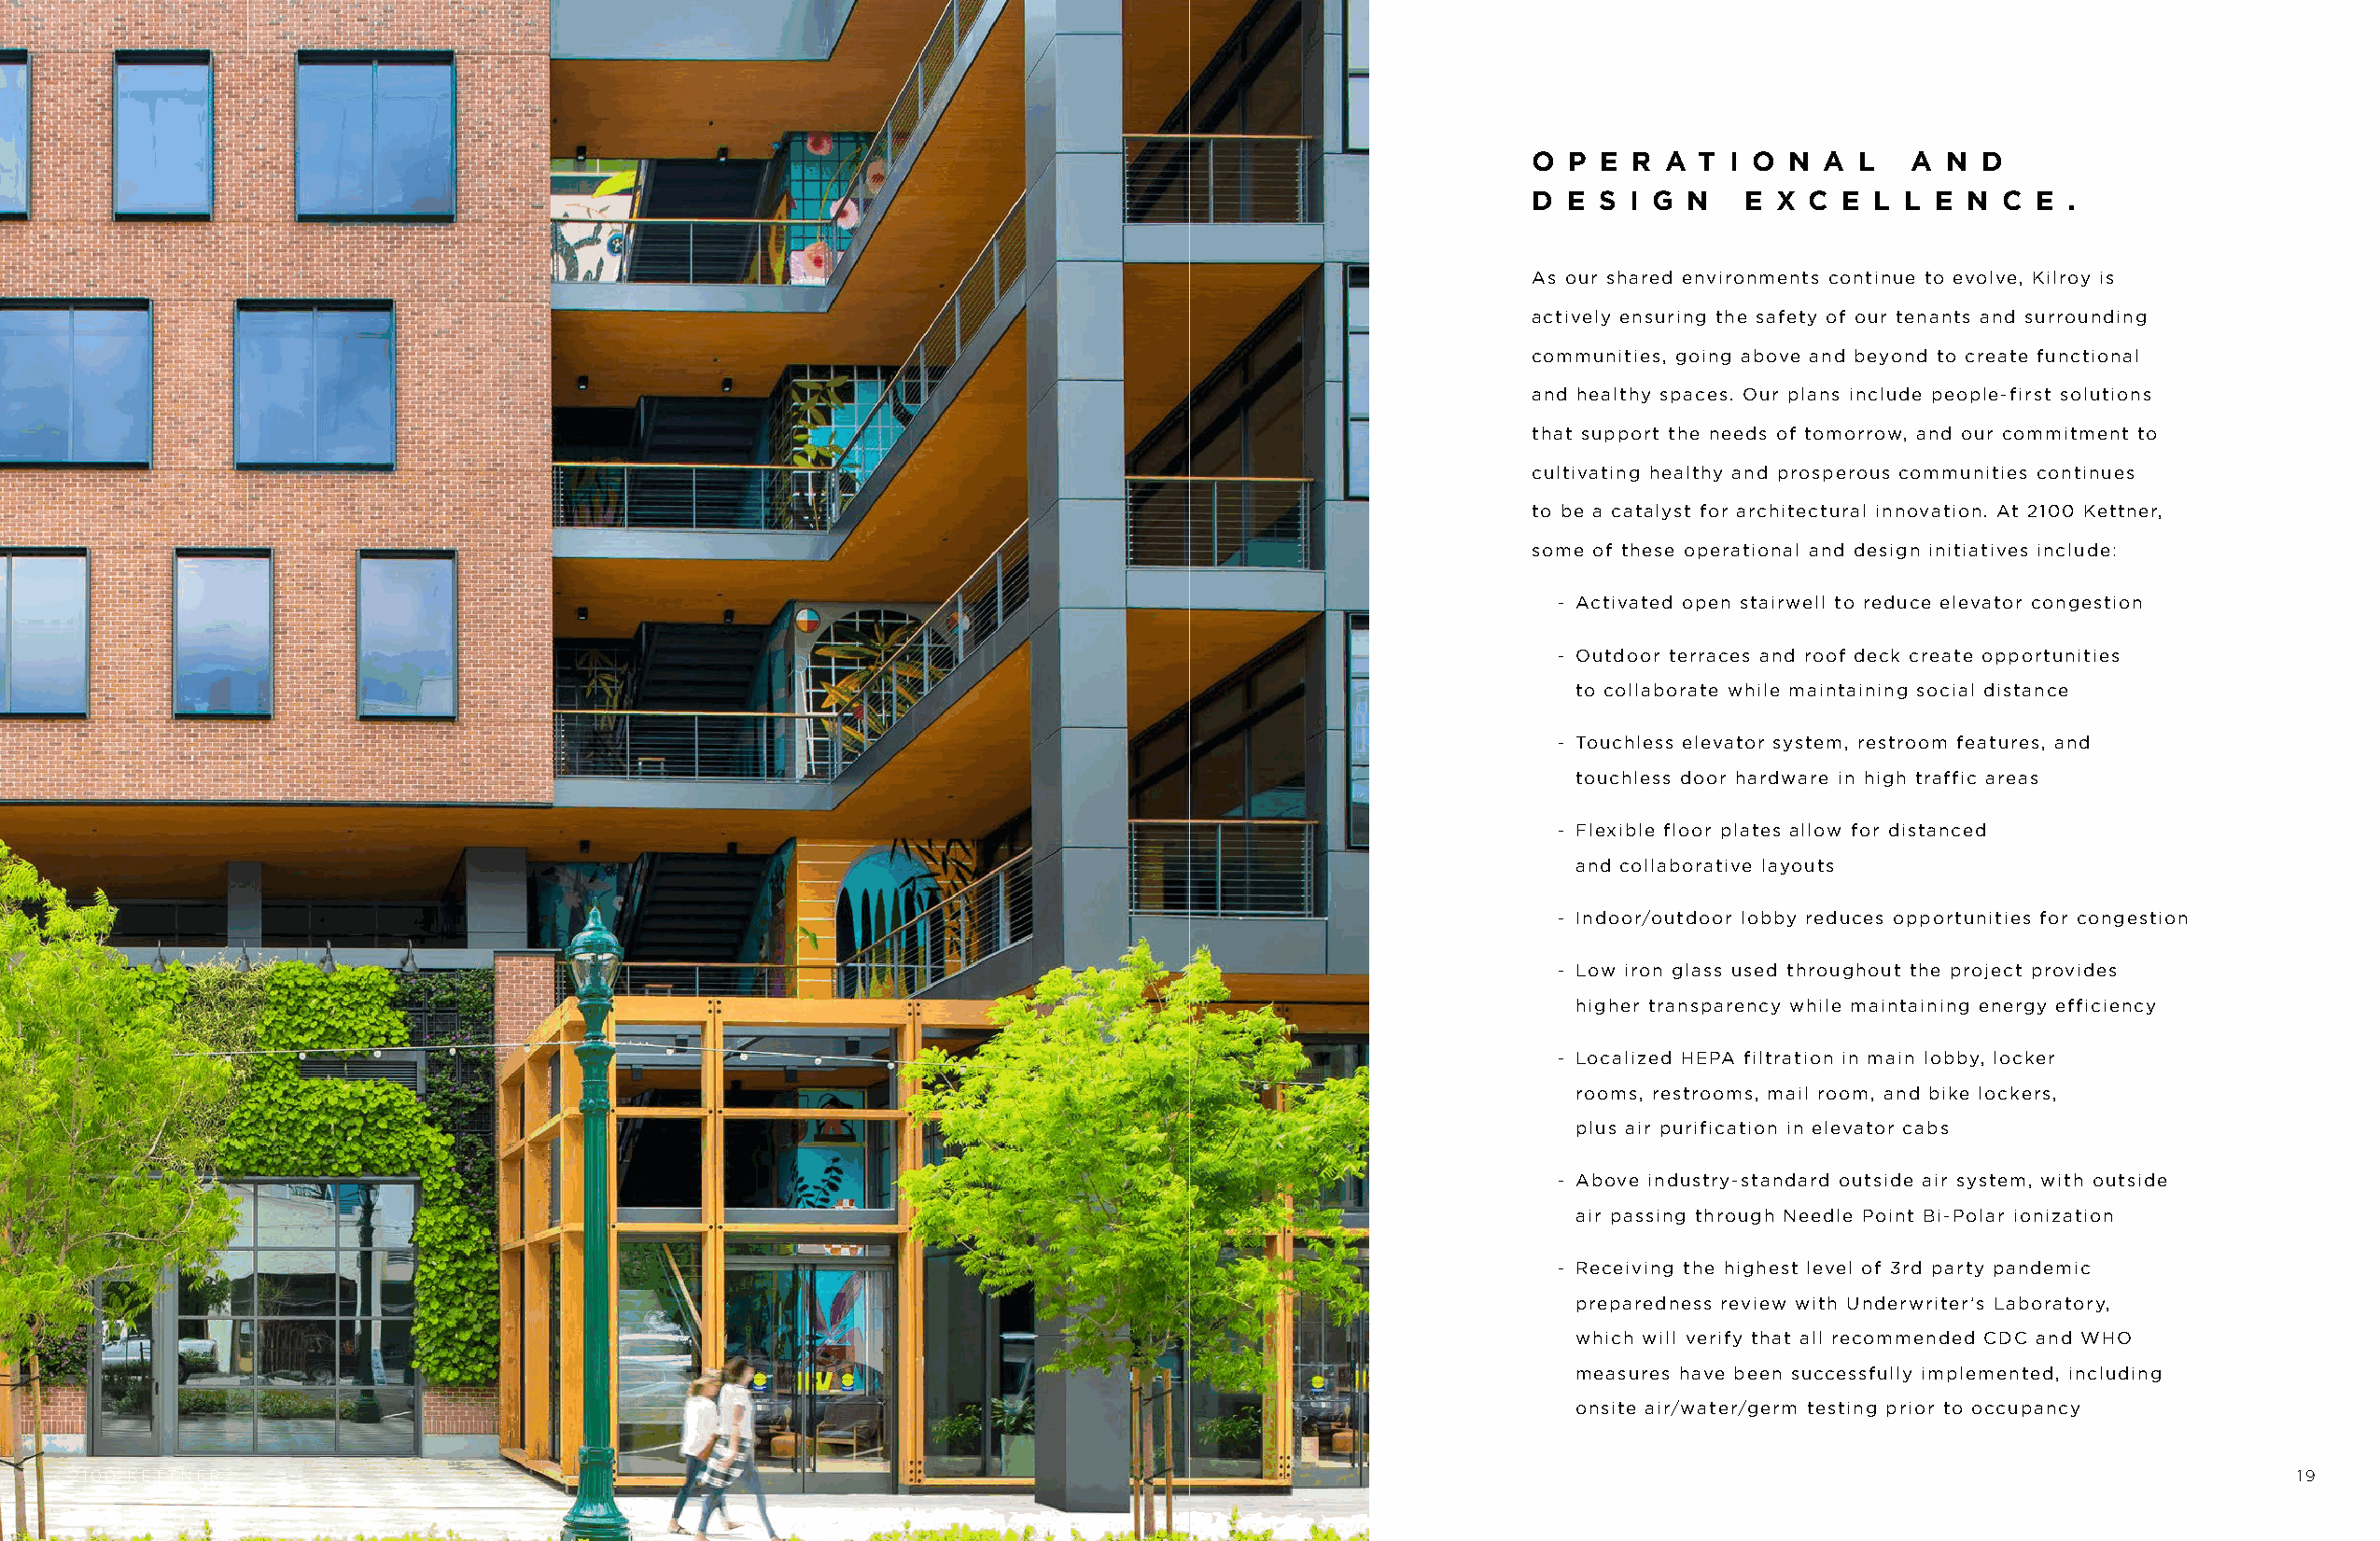
O P  E R A T  I O N A  L   A N  D
 D E S  I G N   E X C  E L L E N  C E  .
 As our shared environments continue to evolve, Kilroy is
 actively ensuring the safety of our tenants and surrounding
 communities, going above and beyond to create functional
 and healthy spaces. Our plans include people-first solutions
 that support the needs of tomorrow, and our commitment to
 cultivating healthy and prosperous communities continues
 to be a catalyst for architectural innovation. At 2100 Kettner,
 some of these operational and design initiatives include:
 - Activated open stairwell to reduce elevator congestion
 - Outdoor terraces and roof deck create opportunities
 to collaborate while maintaining social distance
 - Touchless elevator system, restroom features, and
 touchless door hardware in high traffic areas
 - Flexible floor plates allow for distanced
 and collaborative layouts
 - Indoor/outdoor lobby reduces opportunities for congestion
 - Low iron glass used throughout the project provides
 higher transparency while maintaining energy efficiency
 - Localized HEPA filtration in main lobby, locker
 rooms, restrooms, mail room, and bike lockers,
 plus air purification in elevator cabs
 - Above industry-standard outside air system, with outside
 air passing through Needle Point Bi-Polar ionization
 - Receiving the highest level of 3rd party pandemic
 preparedness review with Underwriter’s Laboratory,
 which will verify that all recommended CDC and WHO
 measures have been successfully implemented, including
 onsite air/water/germ testing prior to occupancy
 2100 KETTNER                                                                                                                                                  19